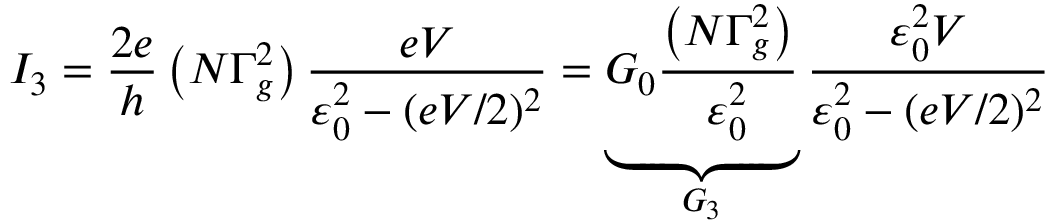
I _ { 3 } = \frac { 2 e } { h } \left( N \Gamma _ { g } ^ { 2 } \right) \frac { e V } { \varepsilon _ { 0 } ^ { 2 } - ( e V / 2 ) ^ { 2 } } = \underbrace { G _ { 0 } \frac { \left( N \Gamma _ { g } ^ { 2 } \right) } { \varepsilon _ { 0 } ^ { 2 } } } _ { G _ { 3 } } \frac { \varepsilon _ { 0 } ^ { 2 } V } { \varepsilon _ { 0 } ^ { 2 } - ( e V / 2 ) ^ { 2 } }